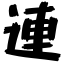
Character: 連